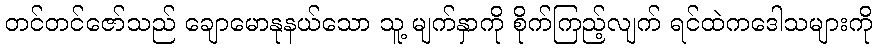
တင်တင်ဇော်သည် ချောမောနုနယ်သော သူ့ မျက်နှာကို စိုက်ကြည့်လျက် ရင်ထဲကဒေါသများကို